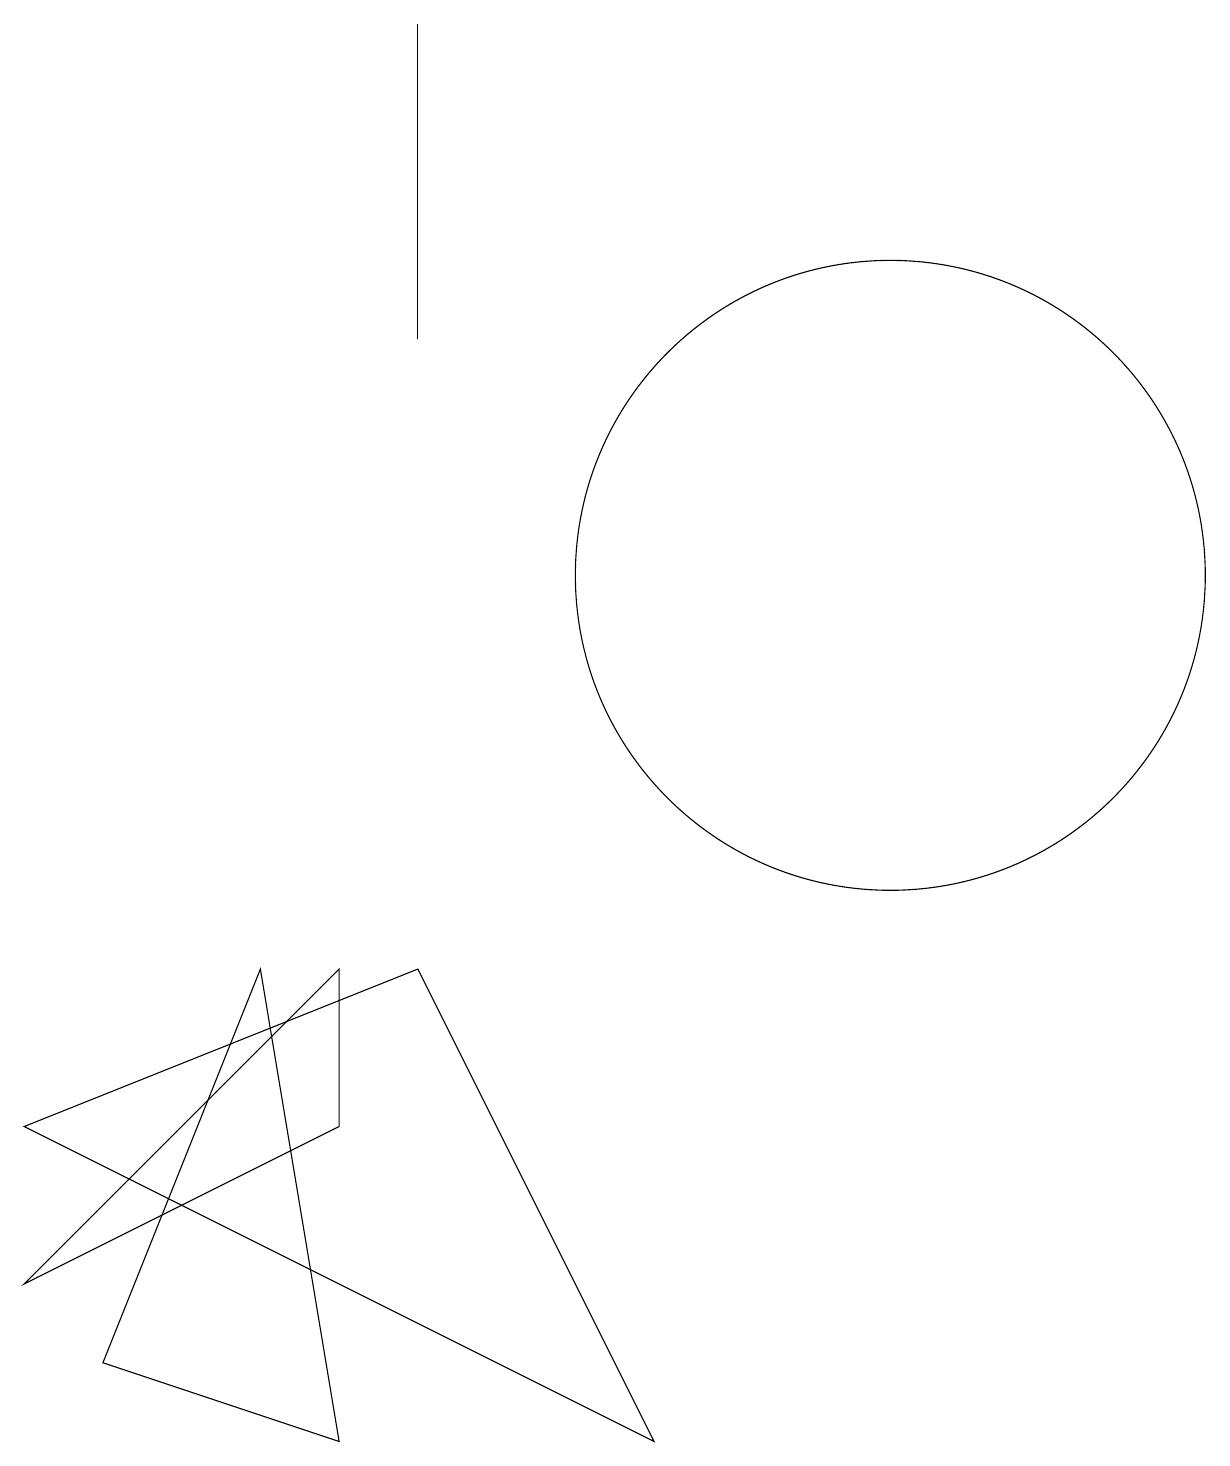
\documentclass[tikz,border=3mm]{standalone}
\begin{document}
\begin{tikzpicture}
\draw (12,11) circle (0);
\draw (12,12) circle (4);
\draw (9,1) -- (6,7) -- (1,5) -- cycle;
\draw (6,15) rectangle (6,19);
\draw (2,2) -- (5,1) -- (4,7) -- cycle;
\draw (5,5) -- (5,7) -- (1,3) -- cycle;
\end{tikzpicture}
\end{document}